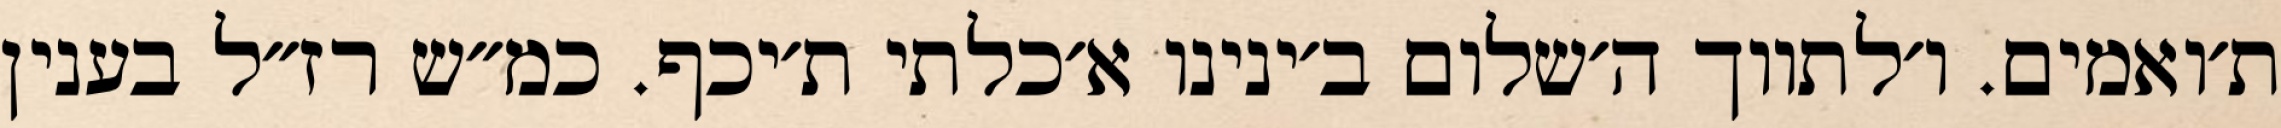
ת׳ואמים. ו׳לתווך ה׳שלום ב׳ינינו א׳כלתי ת׳יכף. כמ״ש רז״ל בענין